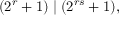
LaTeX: ( 2 ^ { r } + 1 ) \mid ( 2 ^ { r s } + 1 ) ,